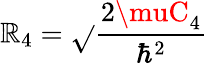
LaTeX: \mathbb{R}_{4}=\sqrt{}{{\frac{{2\muC_{4}}}{{\hbar^{2}}}}}